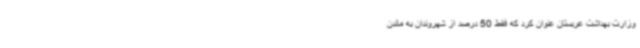
وزارت بهداشت عربستان عنوان کرد که فقط 50 درصد از شهروندان به ماندن